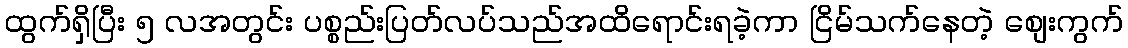
ထွက်ရှိပြီး ၅ လအတွင်း ပစ္စည်းပြတ်လပ်သည်အထိရောင်းရခဲ့ကာ ငြိမ်သက်နေတဲ့ စျေးကွက်